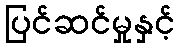
ပြင်ဆင်မှုနှင့်